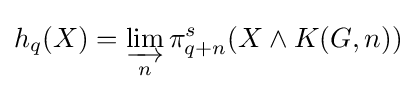
h_{q}(X)=\varinjlim _{n}\pi _{q+n}^{s}(X\wedge K(G,n))